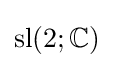
\mathrm {sl} (2;\mathbb {C} )